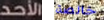
الأحد خالصة